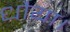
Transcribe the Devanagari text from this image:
धौया।